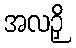
အလဉှိ